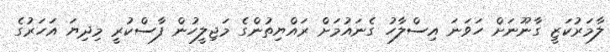
ލާމަރުކަޒީ ގާނޫނަށް ހަވަނަ އިސްލާހު ގެނައުމަށް ރައްޔިތުންގެ މަޖިލީހުން ފާސްކުރީ މިދިޔަ އަހަރުގެ